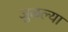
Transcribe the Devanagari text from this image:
जुळल्या